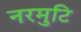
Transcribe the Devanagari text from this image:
नरमुटि